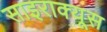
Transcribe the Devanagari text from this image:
साइराक्यूस